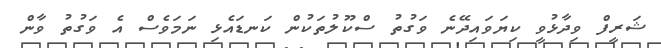
ޝަރީފް ވިދާޅުވީ ކިޔަވައިދޭނެ ވަގުތު ސްކޫލުތަކުން ކަނޑައެޅި ނަމަވެސް އެ ވަގުތު ވާން